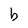
Character: b